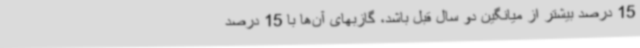
15 درصد بیشتر از میانگین دو سال قبل باشد، گازبهای آن‌ها با 15 درصد